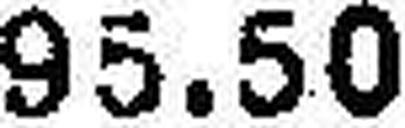
95.50